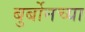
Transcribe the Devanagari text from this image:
बुर्बोनच्या